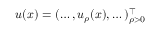
\boldsymbol u ( \boldsymbol { x } ) = ( \dots , u _ { \rho } ( \boldsymbol { x } ) , \dots ) _ { \rho > 0 } ^ { \intercal }